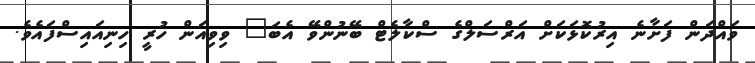
ވައްދަން ފަށާނެ އިރުކޮޅަކަށް އަރްސަލްގެ ސްކާލެޓް ބޭނުންވޭ އެބަ" ވިވިއަން ހުރީ ހިނިއައިސްފައެވެ.